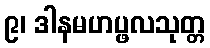
၉၊ ဒါနမဟပ္ဖလသုတ္တ